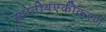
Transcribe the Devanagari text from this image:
स्थानीयएकीकरण